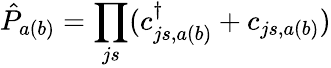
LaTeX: \hat{P}_{a(b)}=\prod_{js}(c_{js,a(b)}^{\dagger}+c_{js,a(b)})